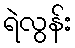
ရဲလွန်း